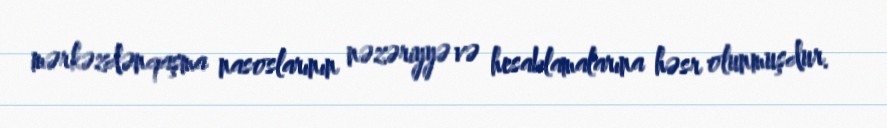
mərkəzdənqaşma nasoslarının nəzəriyyə və hesablamalarına həsr olunmuşdur.